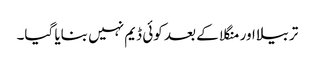
تربیلا اور منگلا کے بعد کوئی ڈیم نہیں بنایا گیا۔